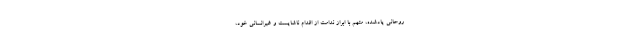
روحانی یادشده، متهم با ابراز ندامت از اقدام ناشایست و غیرانسانی خود،